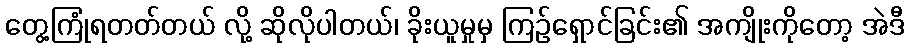
တွေ့ကြုံရတတ်တယ် လို့ ဆိုလိုပါတယ်၊ ခိုးယူမှုမှ ကြဉ်ရှောင်ခြင်း၏ အကျိုးကိုတော့ အဲဒီ